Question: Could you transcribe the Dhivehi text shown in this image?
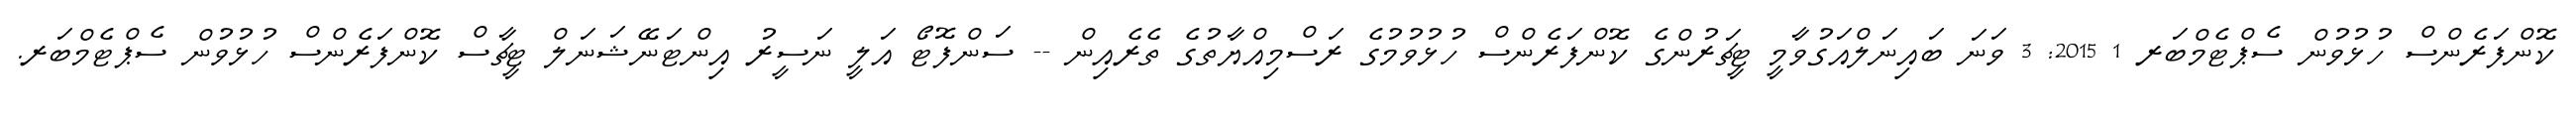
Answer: ކޮންފަރެންސް ހުޅުވުން ސެޕްޓެމްބަރ 1 2015: 3 ވަނަ ބައިނަލްއަގުވާމީ ޓީޗަރުންގެ ކޮންފަރެންސް ހުޅުވުމުގެ ރަސްމިއްޔާތުގެ ތެރެއިން -- ސަންފޮޓޯ އަލީ ނަސީރު އިންޓަނޭޝަނަލް ޓީޗާސް ކޮންފަރެންސް ހުޅުވުން ސެޕްޓެމްބަރ.